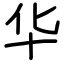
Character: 华